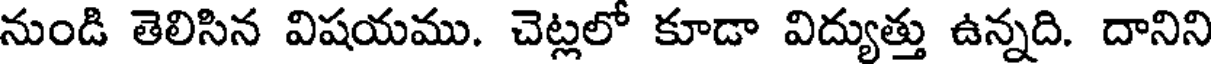
నుండి తెలిసిన విషయము. చెట్లలో కూడా విద్యుత్తు ఉన్నది. దానిని